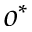
o ^ { * }